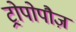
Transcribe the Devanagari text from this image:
ट्रोपोपौज़